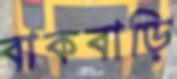
বাকবাড়ি